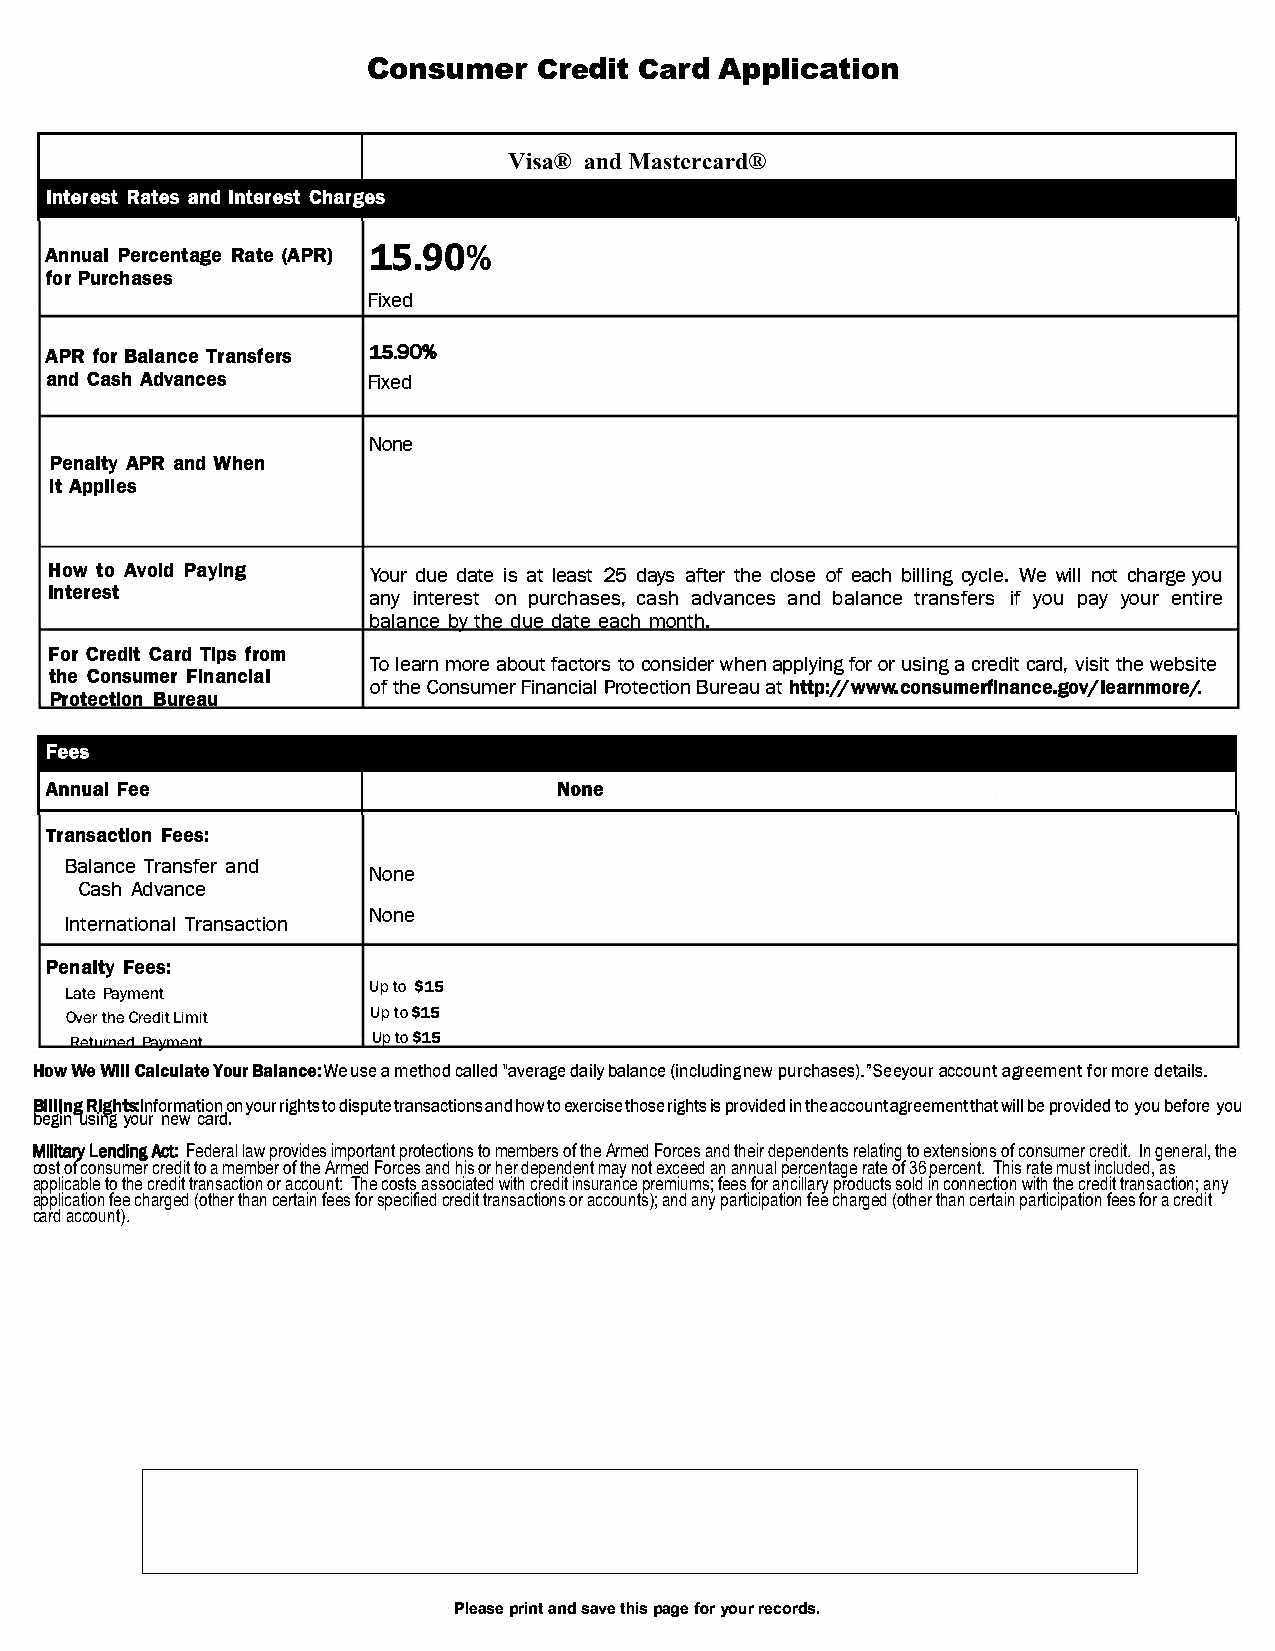
Consumer       CCraerdAdip tp lication
 AnnuPaelr centRaagt(eeA PR)1 5.%90
 foPru rchases
 Fixed
 APRf oBra lanTcrea nsfers1 5.90%
 andC asAhd vances    Fixed
 None
 PenalAtPyRa ndW hen
 ItA pplies
 How   to  Avoid  PayiYonurg d ue date is at least 25 days after the close of each billing cycle. We will not charge you
 Interest             any interest on purchases, cash advances and balance transfers if you pay your entire
 balance by the due date each month.
 FoCrr ediCat rdT pis from
 To learn more about factors to consider when applying for or using a credit card, visit the website
 theC onsumFelrn anclal
 of the Consumer Financial Protection Bureau at htt:p//www.consumerfinance.gov/learnmorej.
 ProtecBtuiroena u
 TransacFteieosn:
 Balance Transfer and
 None
 Cash Advance
 None
 International Transaction
 PenalFteye s:
 Up to $15
 Late Payment
 Over the Credit Limit Up to$ 15
 Returned Payment    Up to$15
 HowW eW ilCla lcuYloautBreaa lnce:uWseaem ethcoadl" laevde driaalbgyae l a(nicnec nleupwdu irncgh asesa)c.c"oaSguerneetye omfouemrrno trd ee tails.
 BlllRlglhnts:gl nforomnya otruiihrgost tn do i spturtaen saanchdto itweoo xn esr tchiorissgeeih pstr so viitndh aeecd c oaugnrte etmhweaintblt epl r ovtioyd oebude r feyo ou
 begusiinyn ognu wer c ard.
 Military   Lending   Act:  Federal  law provides important protections to members of the  Armed Forces and their dependents relating to extensions  of consumer credit.  In general, the
 cost of consumer credit  to a moerm bheerr odfe ptehned eAnrtm emda yF onrocte se xacnede dh iasn annual percentage rate of 36 percent. This rate must included, as
 applicable to the credit  transaction or account:  The costs associated with  credit insurance premiums; fees for ancillary products sold  in connection with the credit transaction; any
 application fee charged  (other than certain fees for specified credit transactions  or accounts); and any participation fee charged (other  than certain participation fees for a credit
 card account).
 Pleapsreia nntsd a vteh ipsa gfoery ourre cords.